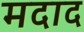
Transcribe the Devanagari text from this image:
मदाद